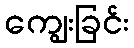
ကျွေးခြင်း